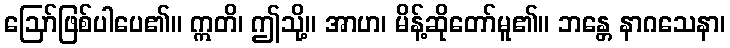
ဩော်ဖြစ်ပါပေ၏။ ဣတိ၊ ဤသို့။ အာဟ၊ မိန့်ဆိုတော်မူ၏။ ဘန္တေ နာဂသေနာ၊